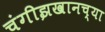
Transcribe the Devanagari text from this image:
चंगीझखानच्या